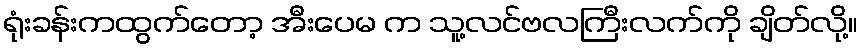
ရုံးခန်းကထွက်တော့ အီးပေမ က သူ့လင်ဗလကြီးလက်ကို ချိတ်လို့။